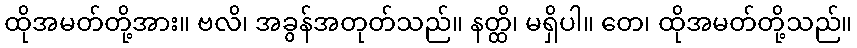
ထိုအမတ်တို့အား။ ဗလိ၊ အခွန်အတုတ်သည်။ နတ္ထိ၊ မရှိပါ။ တေ၊ ထိုအမတ်တို့သည်။